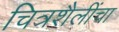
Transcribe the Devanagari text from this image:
चित्रशैलींचा